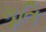
મૂતિ